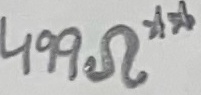
Text: 499Ω**